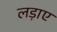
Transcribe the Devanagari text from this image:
लड़ाए